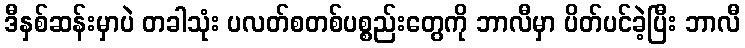
ဒီနှစ်ဆန်းမှာပဲ တခါသုံး ပလတ်စတစ်ပစ္စည်းတွေကို ဘာလီမှာ ပိတ်ပင်ခဲ့ပြီး ဘာလီ